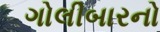
ગોલીબારનો